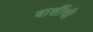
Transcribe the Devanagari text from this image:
बार्शीची